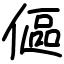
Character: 傴